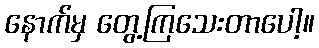
နောက်မှ တွေ့ကြသေးတာပေါ့။